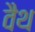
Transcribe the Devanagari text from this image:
वैथ